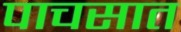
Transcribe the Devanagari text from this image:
पाचसात